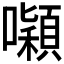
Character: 𭌒